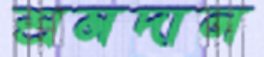
শ্রমদান